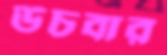
উচবার